Medical and sanitary report of the native army of Madras for the year
Year: 1875
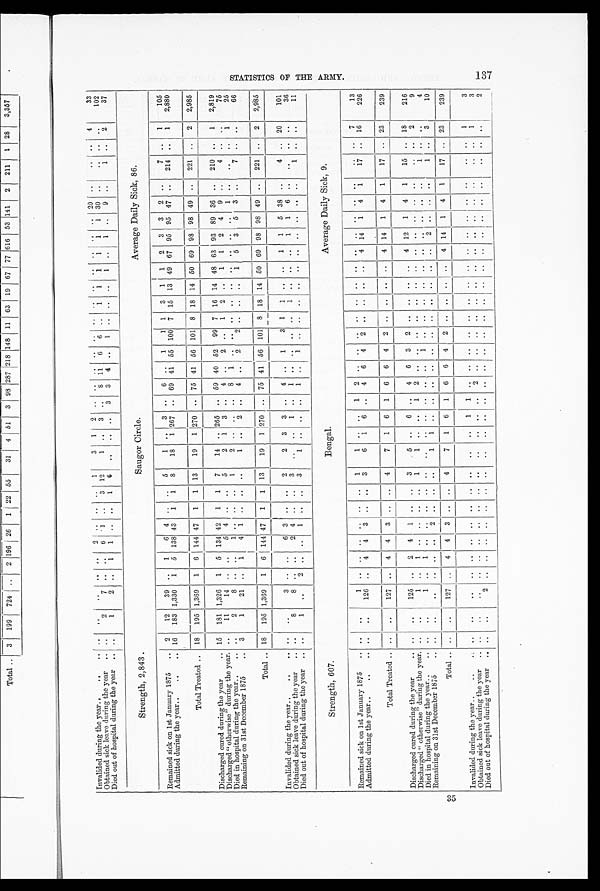
3 5
Invalided during the year..
..
.. ..
..
..
.. ..
2 .. .. ..
1
3
1 2 .. .. .. .. .. ..
.. .. .. .. ..
.. 20 .. ..
.. 4
33
Obtainecl sick- leave during the year .. ..
2
7 .. ..
6 1 ..
3 12
1 .. 3 ..
8 11 6 6 ..
1
1 1
1 ' 1
1 30 ..
.. .. ..
102
Died out of hospital during the year .. ..
1
2 ..
1 1 .. ..
1 6 ..
.. ..
3 3 4 ..
1 ..
.. ..
1 .. 1 ..
9 ..
1 ..
2
37
Strength, 2,843.
Saugor Circle.
Average Daily Sick, 86.
Remained sick on 1st January 1875
.. 2
12
39 ..
1
6 4 .. ..
5
1 ..
3 .. 6 ..
1
1 1 3 1 1 2 3 3 2 ..
7 ..
1
105
Admitted during the year. .
..
.. 16 183 1,330 1 5 138 43 1 1 8
18 1 267 .. 69 41 55 100 7 15 13 49 67 95 95 47 ..
214 ..
1
2,880
Total Treated .. 18 195 1,369 1 6 144 47 1 1 13
19 1 270 .. 75 41 56 101 8 18 14 50 69 98 98 49 ..
221 ..
2
2,985
Discharged cured during the year
.. 15 181 1,326 1 5 134 42 1 1 7
14 .. 265 .. 59 40 52 99 7 16 14 48 63 93 89 36 ..
210 ..
1
2,819
Discharged " otherwise" during the year. ..
11
14 .. ..
5 4 .. ..
5
2 1 3 .. 4 ..
2 ..
1 2 ..
1 1 2 4 9 ..
4 .. ..
75
Died in hospital during the year..
.. ..
2
8 .. ..
1 .. ..
..
1 2
.. .. .. 8 1 .. .. .. .. .. .. .. .. .. 1
..
..
..
1
25
Remaining on 31st December 1875
.. 3
1
21 ..
1
4 1 .. .. ..
1 ..
2 .. 4 ..
2
2 .. .. ..
1 5 3 5 3 ..
7 .. ..
66
Total .. 18 195 1,369 1 6 144 47 1 1 13
19 1
270
.. 75 41 56 101 8 18 14 50 69 98 98 49 ..
221 ..
2
2,985
Invalided during the year..
..
.. ..
..
3 ..
—
_..
—
6 3 ..
—
..
2
2 3 3
—
.. 4 ..
1
3 1 1 .. ..
1 1 5 38 . .
4 .. 20
101
Obtained sick leave during the year
..
. .
8
8 ..
. .
2 4 .. ..
3
. .
. . 1
. . 1 ..
. . .. ..
1
. .
. . .. .
1 1 6
. .
. . . .
. .
3 6
Died out of hospital during the year .. ..
1
..
2
. . ..
1
. . ..
3
1
. .
. . .. 1 ..
1
. .
. .
. .
. .
. .
. .
. .
. .
. .
. .
1 ..
. .
11
Strength, 607.
Bengal.
Average Daily Sick, 9.
Remained sick on 1st January 1875
.. ..
..
1
.. .. .. .. .. ..
1
1
.. ..
1 2
.. .. .. .. .. .. .. .. .. .. .. .. ..
..
7
13
Admitted during the year..
..
.. ..
..
126 ..
4 4 3 .. ..
3
6 1 6 ..
4 6 4 2 .. .. .. .. 4 14 1 4 1
17 .. 16
226
Total Treated .. ..
..
127 ..
4 4 3 .. ..
4
7 1 6 1 6 6 4 2 .. .. .. .. 4 14 1 4 1
17 .. 23
239
Discharged cured during the year
.. ..
..
125 ..
2 4 1 .. ..
3
5 ..
6
..
4 6 3 2
.. ..
..
..
4 12 1 4 1
15 .. 18
216
Discharged"otherwise" during the year. ..
. , 1
.. 1 .. .. .. .. 1 1
.. ..
1 2 .. .. ..
.. .. ..
.. .. .. .. .. .. ..
.. 2
9
Died in hospital during the year..
.. ..
..
1 ..
1 .. .. .. .. .. ..
.. .. .. .. ..
1 .. .. .. .. .. .. .. .. .. ..
1 .. ..
4
Remaining on 31st December 1875
.. ..
..
..
.. .. .. 2 .. .. .. 1
.. .. .. .. .. .. .. .. .. .. .. .. 2 .. .. .. 1
..
3
10
Total .. ..
..
127 ..
4 4
3
.. ..
4
7 1 6 1 6 6 4 2 .. .. .. ..
4 14 1 4 1
17 .. 23
_
239
Invalided during the year..
..
..
. .
..
. .
. . ..
. .
. .
. . . .
. .
. .
. .
1 1
. . .. .. .. .. .. .. .. .. .. .. .. ..
.. ..
3
Obtained sick leave during the year .. ..
..
..
.. .. .. .. .. .. ..
, .
..
. . .. 2 ..
. . . .
. .
. .
. .
. .
. .
. .
. . . . . .
. .
. . 1
3
Died out of hospital during the year .. ..
..
. .
. .
..
. .
. .
. .
. .
. .
. .
. .
.. ..
..
..
. . .. . . ..
. .
. .
.. ..
.. ..
. .
.. ..
. .
2
S T A T I S T I C K S O F T H E A R M Y .
1 3 7